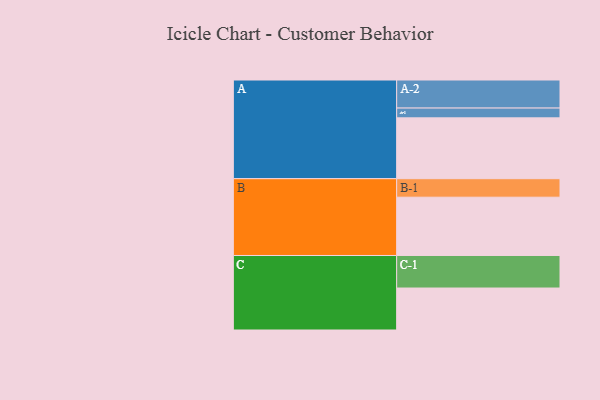
{"axis": {"x": "Segment", "y": "Value"}, "legend": ["", "A", "B", "C"], "data": [{"x": "A", "y": 503, "type": ""}, {"x": "B", "y": 482, "type": ""}, {"x": "C", "y": 347, "type": ""}, {"x": "A-1", "y": 81, "type": "A"}, {"x": "A-2", "y": 232, "type": "A"}, {"x": "B-1", "y": 153, "type": "B"}, {"x": "C-1", "y": 269, "type": "C"}]}